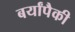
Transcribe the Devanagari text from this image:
बर्यांपैकी